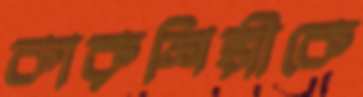
কারুশিল্পীকে